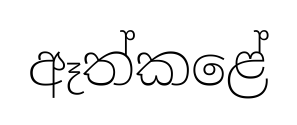
ඈත්කළේ